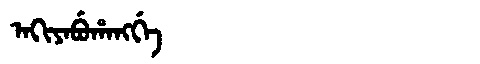
Manchu: ᠠᡴᡳᠶᠠᠪᡠᡥᠠᠩᡤᡝ
Romanization: AKIYABUHANGGE